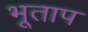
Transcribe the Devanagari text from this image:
भूताप